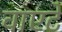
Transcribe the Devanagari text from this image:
वाएटे